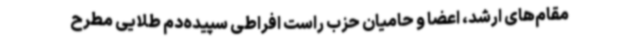
مقام‌های ارشد، اعضا و حامیان حزب راست افراطی سپیده‌دم طلایی مطرح